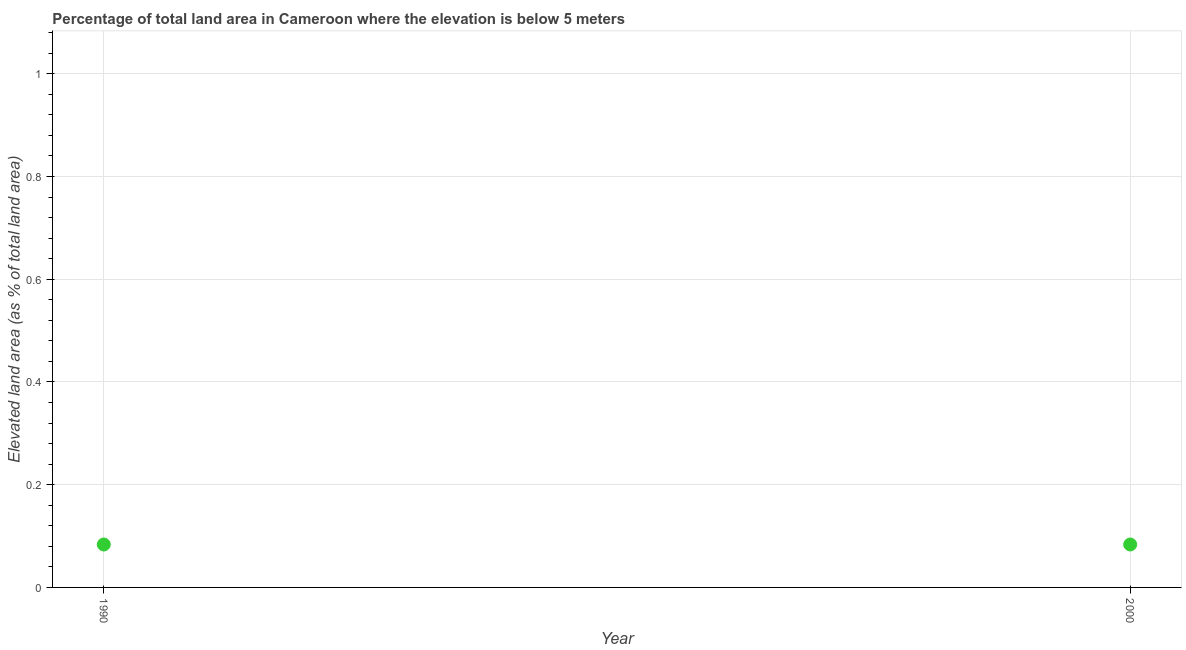
| Year | Land area |
 | --- | --- |
 | 1990 | 0.0836 |
 | 2000 | 0.0836 |